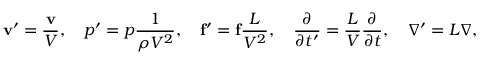
\mathbf { v } ^ { \prime } = { \frac { \mathbf { v } } { V } } , \quad p ^ { \prime } = p { \frac { 1 } { \rho V ^ { 2 } } } , \quad \mathbf { f } ^ { \prime } = \mathbf { f } { \frac { L } { V ^ { 2 } } } , \quad { \frac { \partial } { \partial t ^ { \prime } } } = { \frac { L } { V } } { \frac { \partial } { \partial t } } , \quad \nabla ^ { \prime } = L \nabla ,